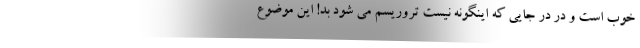
خوب است و در در جایی که اینگونه نیست تروریسم می شود بد! این موضوع